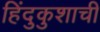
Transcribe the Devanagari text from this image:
हिंदुकुशाची